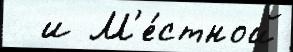
  и М'е́стной